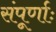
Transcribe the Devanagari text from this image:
संपूर्णाः